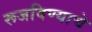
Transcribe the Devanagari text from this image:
रूजविण्याचे